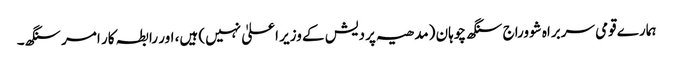
ہمارے قومی سربراہ شووراج سنگھ چوہان (مدھیہ پردیش کے وزیر اعلیٰ نہیں) ہیں، اور رابطہ کار امر سنگھ۔